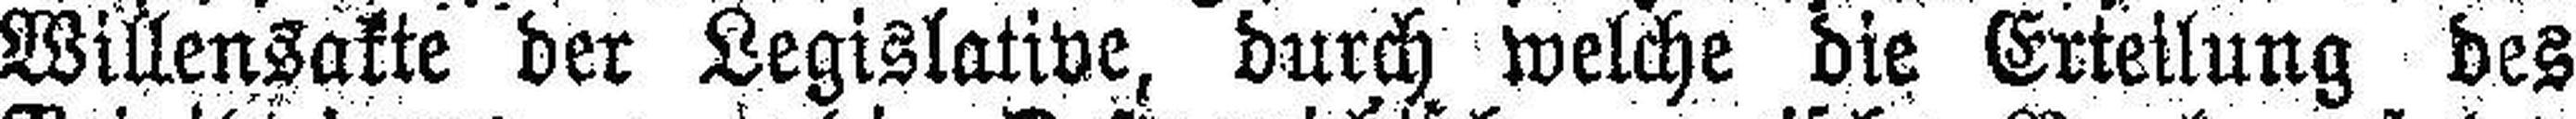
Willensakte der Legislative, durch welche die Erteilung des